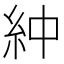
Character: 𫃞